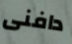
دافنى